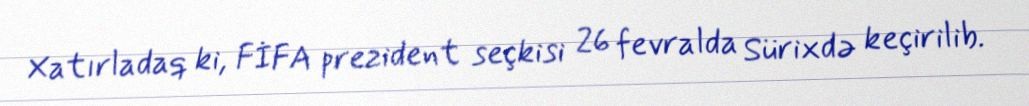
Xatırladaq ki, FİFA prezident seçkisi 26 fevralda Sürixdə keçirilib.